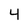
Character: 4